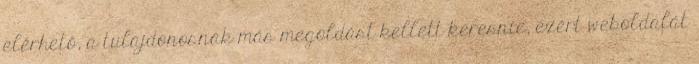
elérhető, a tulajdonosnak más megoldást kellett keresnie, ezért weboldalát